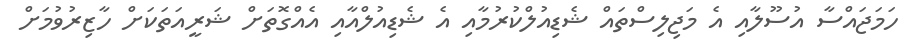
ހަމަޖައްސާ އުސޫލާއި އެ މަޖިލިސްތައް ޝެޑިއުލްކުރުމާއި އެ ޝެޑިއުލްއާއި އެއްގޮތަށް ޝަރީއަތަކަށް ހާޒިރުވުމަށް